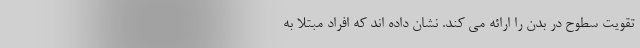
تقویت سطوح در بدن را ارائه می کند. نشان داده اند که افراد مبتلا به